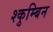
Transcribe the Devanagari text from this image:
श्कुम्बिन